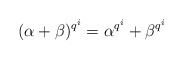
\begin{align*}(\alpha+\beta)^{q^i}=\alpha^{q^i}+\beta^{q^i}\end{align*}